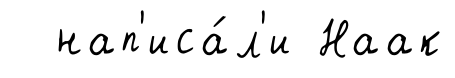
нап'иса́л'и Наак